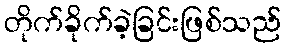
တိုက်ခိုက်ခဲ့ခြင်းဖြစ်သည်